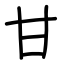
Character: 甘